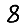
Digit: 8